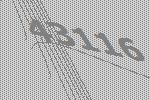
43116